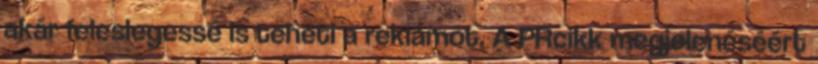
akár feleslegessé is teheti a reklámot. A PRcikk megjelenéséért